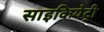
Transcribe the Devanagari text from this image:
साइकियेट्री